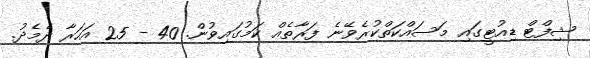
ޝިފްޓް ޑިއުޓީގައި މަސައްކަތްކުރެވޭނެ ފަރާތެއް ކަމުގައިވުން. 40 - 25 އަހަރާ ދެމެދު.